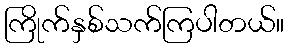
ကြိုက်နှစ်သက်ကြပါတယ်။